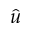
\hat { u }